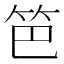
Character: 笆